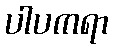
ပါပကရာ